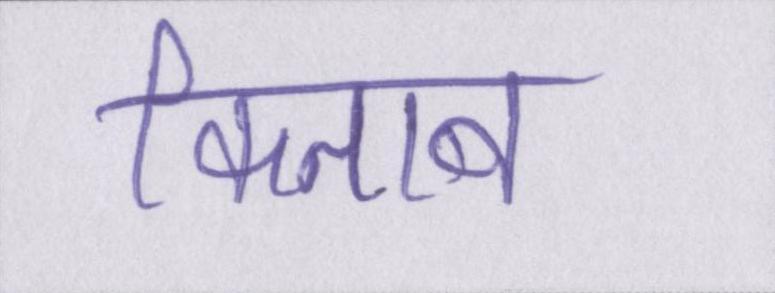
किताब